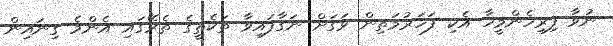
ނުވާ ފިރިހެންމީހާ އެކި ފަހަރުމަތިން ވަގަށް ނަގާފައިވާ ތަކެތީގެ ތެރޭގައި އެންމެ ގިނައިން